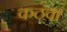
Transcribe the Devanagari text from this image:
कठवा